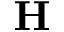
\mathbf { H }